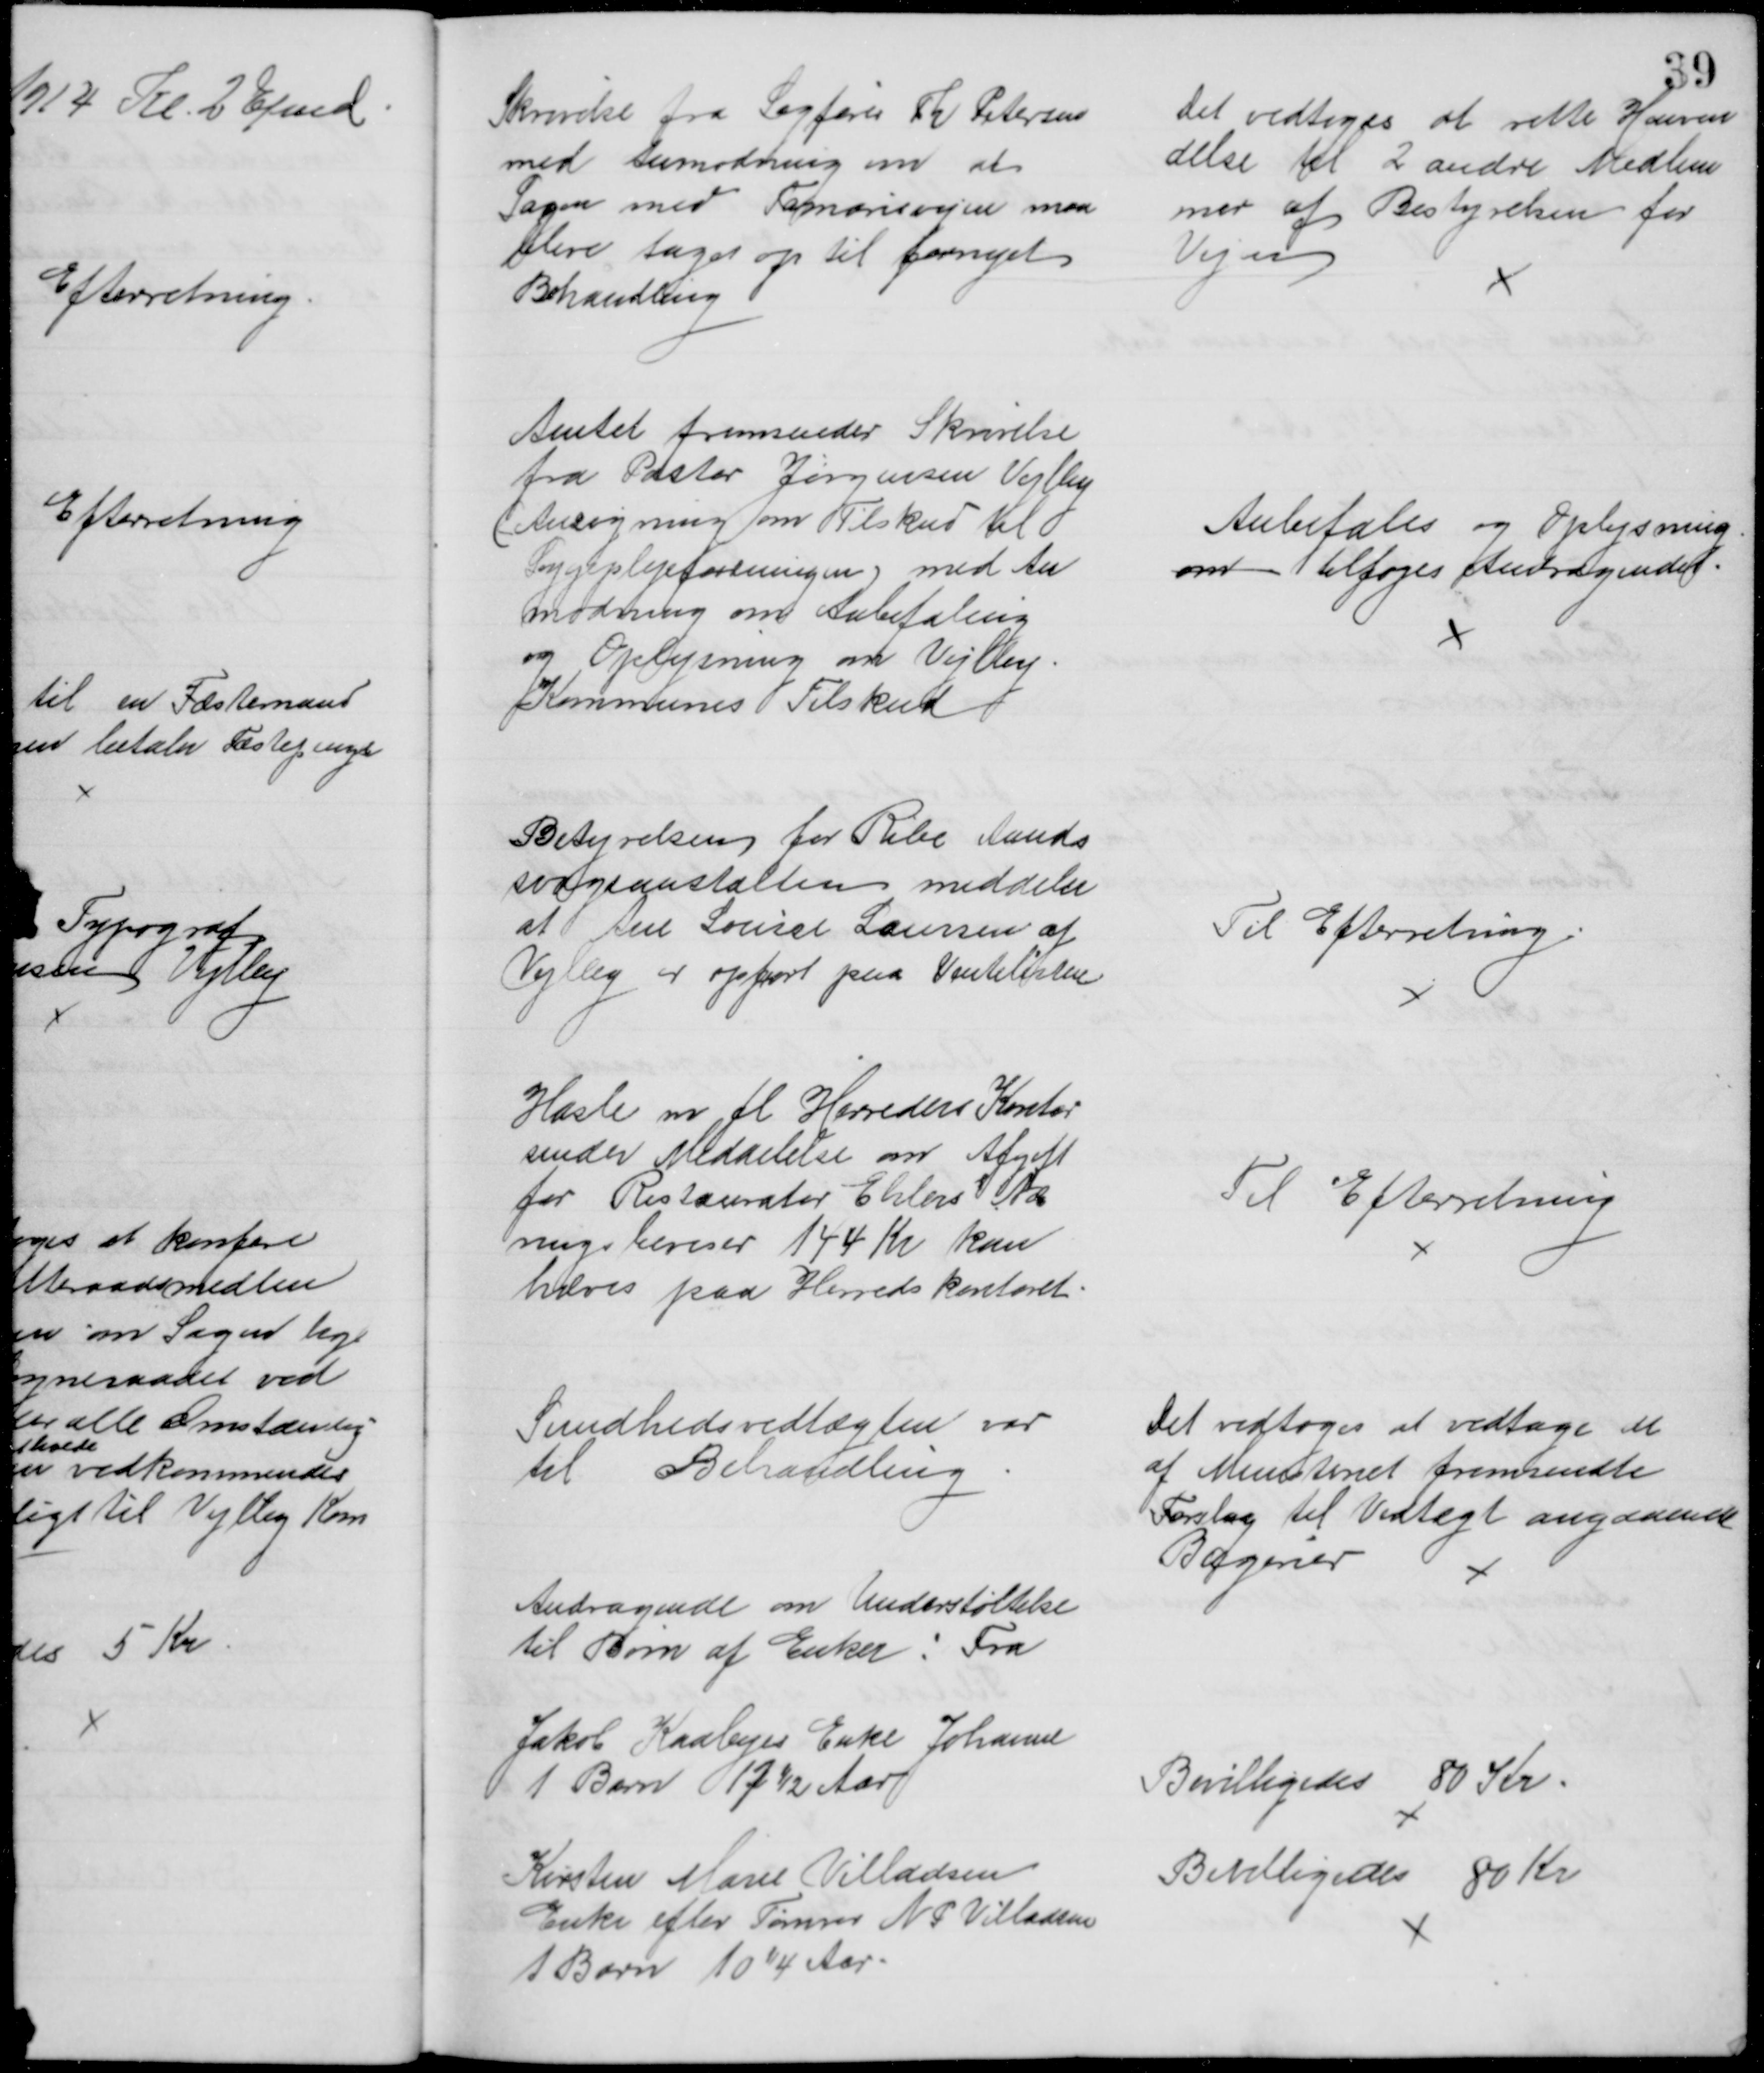
Transskription:
Skrivelse fra Sagfører Th. Petersen
med Anmodning om at 
Sagen med Tamarisvejen maa
blive taget op til fornyet
Behandling
Det vedtoges at rette Henven
delse til 2 andre Medlem
mer af Bestyrelsen for
Vejen
Amtet fremsender Skrivelse
fra Pastor Jørgensen Vejlby
(Ansøgning om Tilskud til 
Sygeplejeforeningen) med An
modning om Anbefaling
og Oplysning om Vejllby
Kommunes Tilskud
Anbefales og Oplysning
om tilføjes Andragendet.
Bestyrelsen for Ribe Aands
svageanstalten meddeler 
at Ane Louise Laursen af 
Vejlby er opført paa Ventelisten
Til Efterretning
Hasle m. fl. Herreders Kontor
sender Meddelelse om Afgift
for Restauratør Ehlerss Næ
ringsbeviser 144 Kr kan
hæves paa Herredskontoret.
Til Efterretning
Sundhedsvedtægten var
til Behandling
Det vedtoges at vedtage de 
af Ministeriet fremsendte
Forslag til Vedtægt angaaende
Bagerier
Andragende om Understøttelse
til Børn af Enker: Fra
Jakob Kaabyes Enke Johanne
1 Barn 12½ Aar
Bevilligedes 80 Kr.
Kirsten Marie Villadsen
Enke efter Tømrer N. P. Villadsen
1 Barn 10¼ Aar.
Bevilligedes 80 Kr